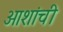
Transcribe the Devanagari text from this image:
आशांची